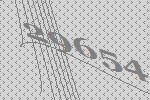
29654